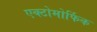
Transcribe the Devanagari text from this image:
एक्टोमोर्फिक